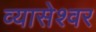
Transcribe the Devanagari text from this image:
व्यासेश्वर